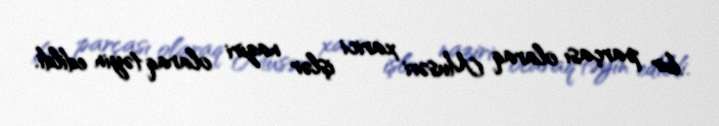
bir parçası olaraq Musəvi xarici işlər naziri olaraq təyin edildi.